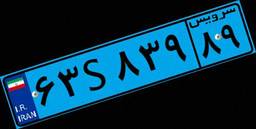
۶۳S۸۳۹۸۹